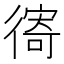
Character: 𢕗